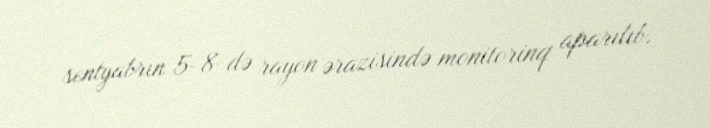
sentyabrın 5-8-də rayon ərazisində monitorinq aparılıb.